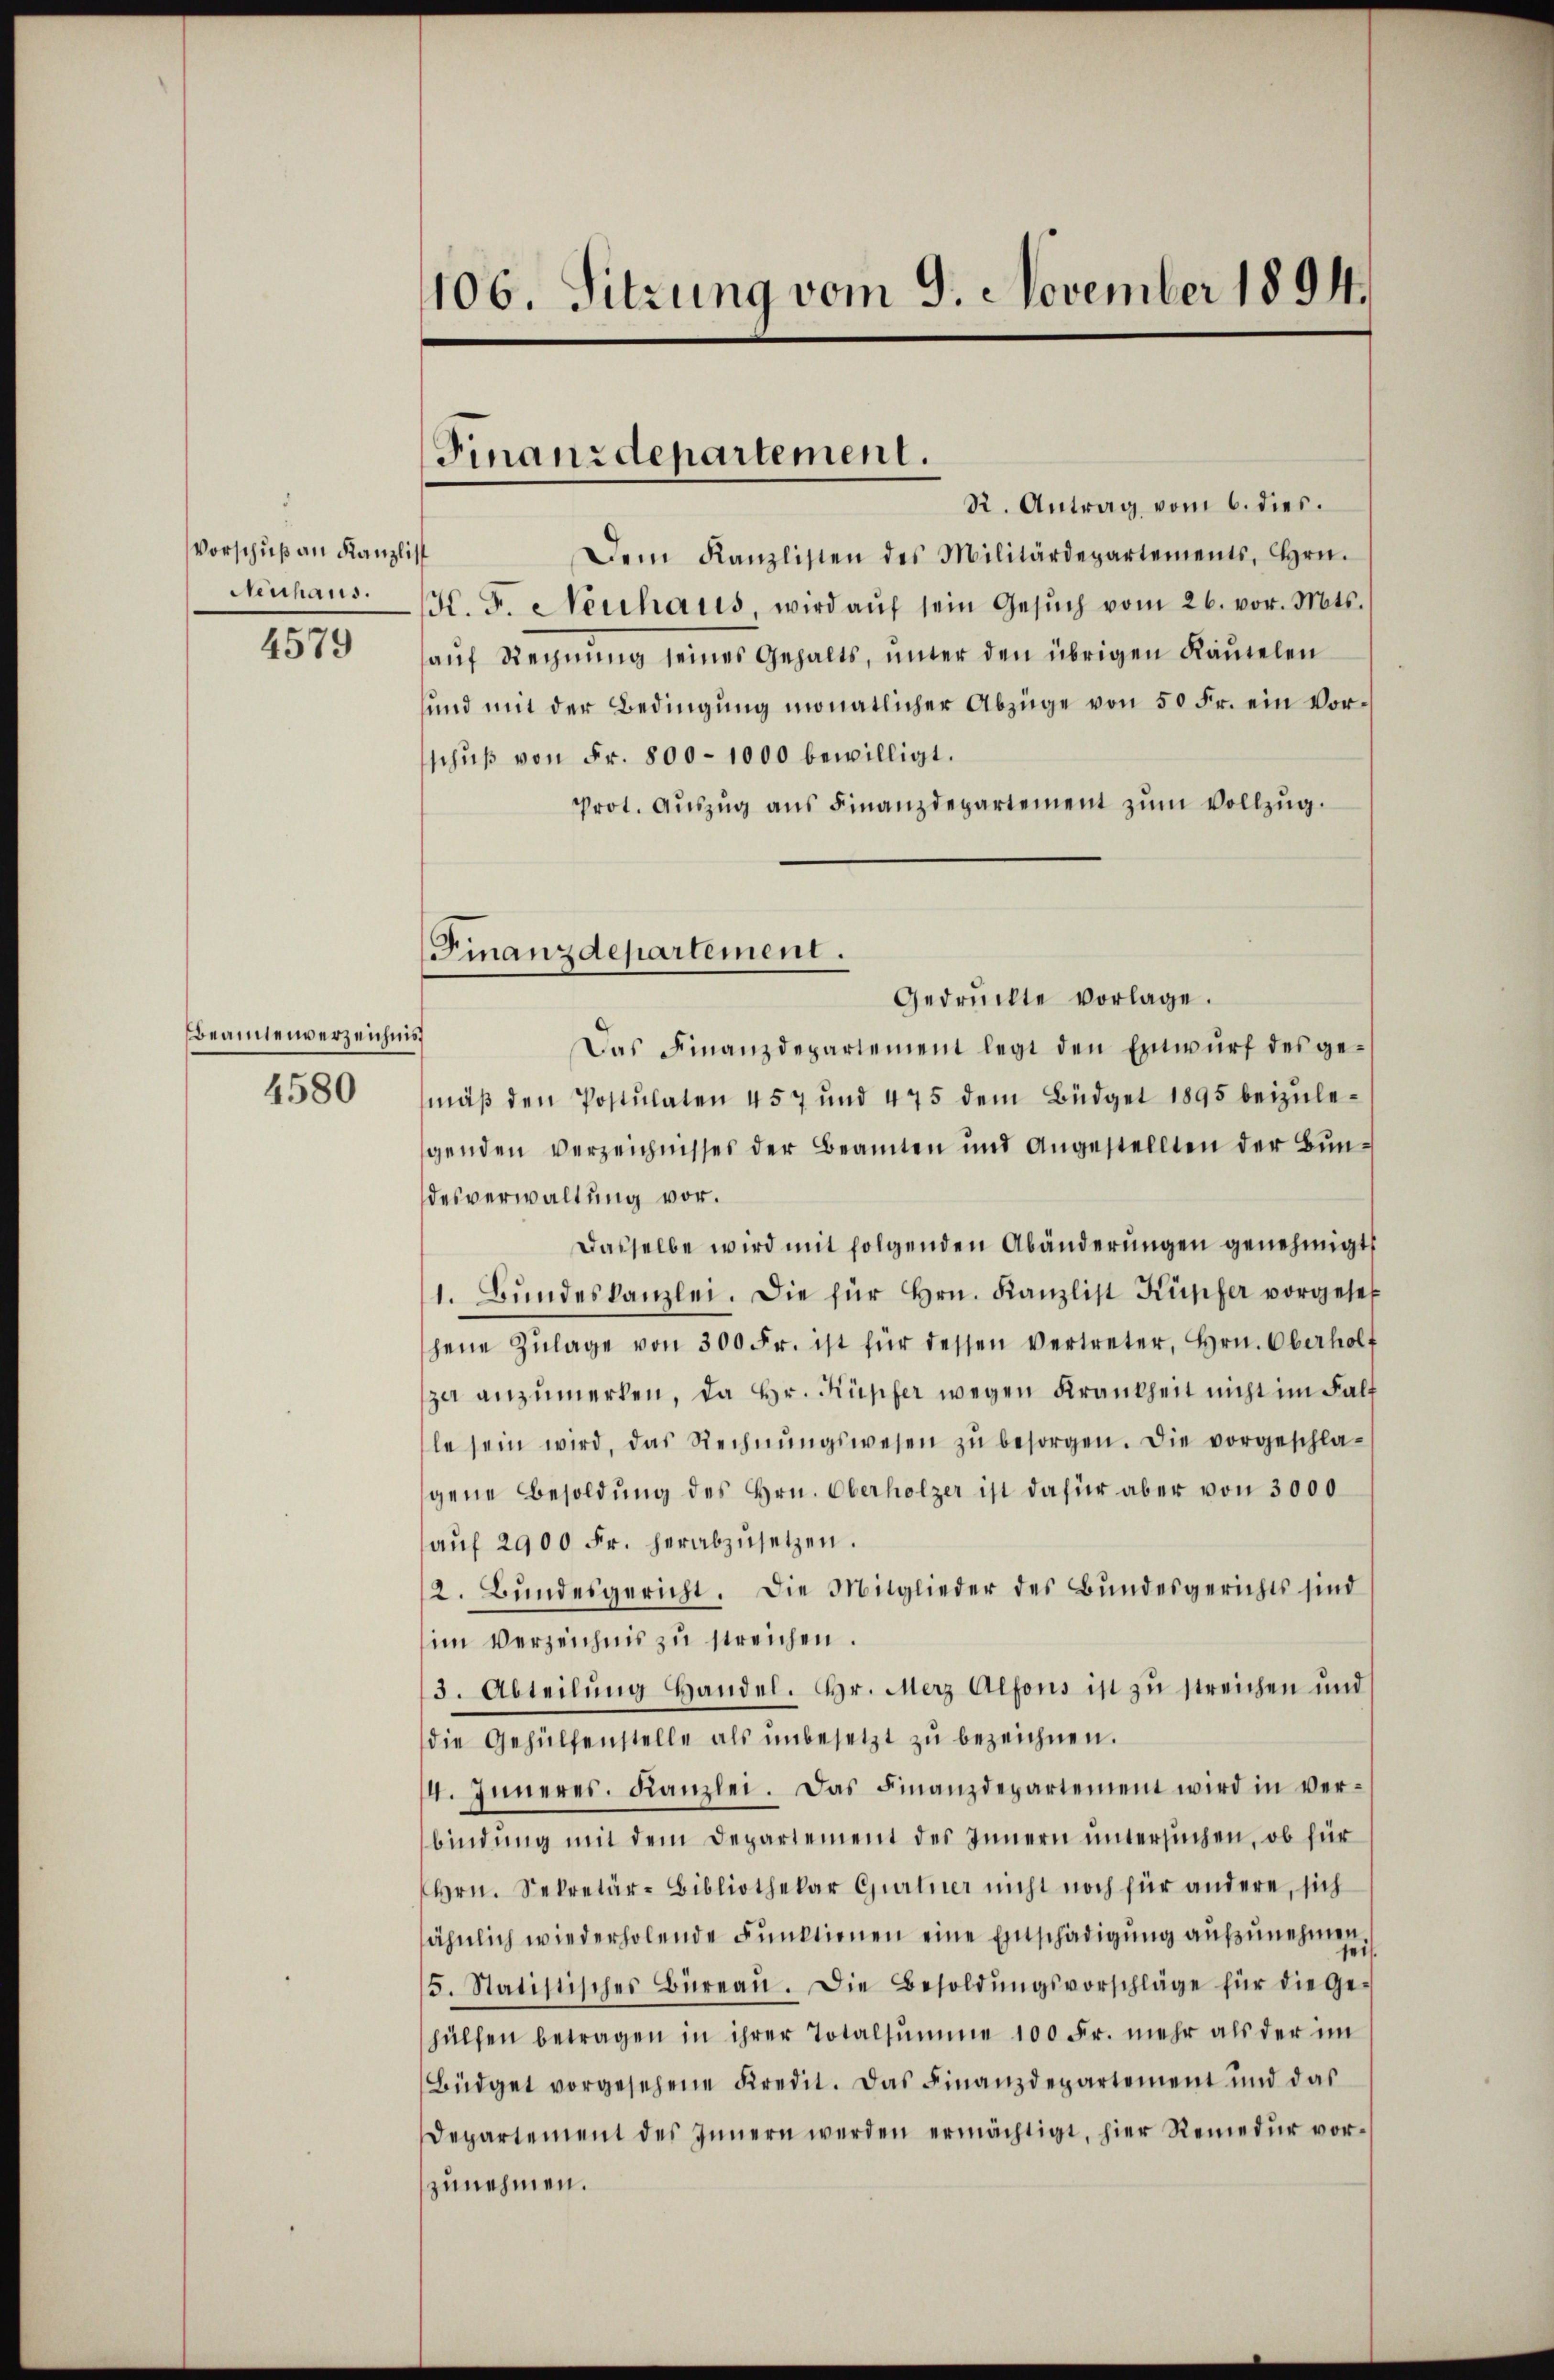
Vorschuß an Kanzlis
Neuhaus.
4579

Beamtenverzeichnis
4580

106. Sitzung vom 9. November 1894.

Finanzdepartement.

Finanzdepartement.

R. Antrag vom 6. dies.
Dem Kanzlisten des Militärdepartements, Hrn.
t
K. F. Neuhaus, wird aŭf sein Gesŭch vom 26. vor. Mts.
auf Rechnung seines Gehalts, unter den übrigen Kautelen
und mit der Bedingung monatlicher Abzüge von 50 Fr. ein Vorschuß von Fr. 800–1000 bewilligt.
Prot. Aŭszŭg ans Finanzdepartement zŭm Vollzŭg.
Gedrückte vorlage.
Das Finanzdepartement legt den Entwŭrf des gemäß den Postulaten 457 und 475 dem Büdget 1895 beizulegenden Verzeichnisses der Beamten und Angestellten der Bun-
desverwaltung vor.
Dasselbe wird mit folgenden Abänderungen genehmigt,
1. Bŭndeskanzlei. Die für Hrn. Kanzlist Kupfer vorgeset
hene Zŭlage von 300 Fr. ist für dessen vertreter, Hrn. Oberholf
za anzumerken, da Hr. Küpfer wegen Krankheit nicht im Falt
le sein wird, das Rechnŭngswesen zŭ besorgen. Die vorgeschla-
gene Besoldung des Hrn. Oberholzer ist dafür aber von 3000
aŭf 2900 Fr. herabzŭsetzen.
2. Bŭndesgericht. Die Mitglieder des Bundesgerichts sind
im Verzeichnis zu streichen.
3. Abteilŭng Handel. Hr. Merz Alfons ist zu streichen und
die Gehülfenstelle als ŭnbesetzt zŭ bezeichnen.
14. Inneres. Kanzlei. Das Finanzdepartement wird in verbindung mit dem Departement des Innern untersuchen, ob für
Hrn. Sekretär-Bibliothekar Gurtner nicht noch für andere, sich
ähnlich wiederholende Funktionen eine Einschädigŭng aŭfzŭnehmen.
5. Statistisches Büreaŭ. Die Besoldŭngsvorschläge für die Ge-
hülfen betragen in ihrer Totalsumme 100 Fr. mehr als der im
Büdget vorgesehene Kredit. Das Finanzdepartement und das
Departement des Innern werden ermächtigt, hier Remedur vor-
zunehmen.